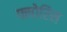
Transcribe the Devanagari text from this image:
फ्लोरिस